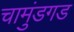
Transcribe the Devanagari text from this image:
चामुंडगड